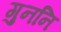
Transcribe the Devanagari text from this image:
गुननि